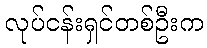
လုပ်ငန်းရှင်တစ်ဦးက